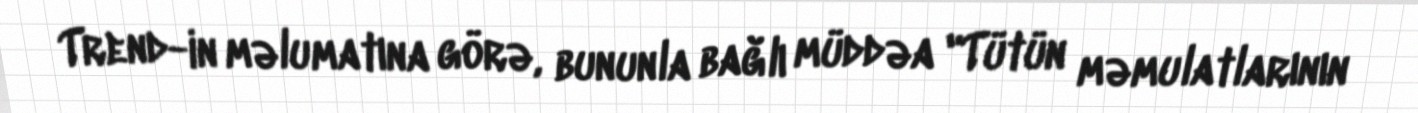
Trend-in məlumatına görə, bununla bağlı müddəa "Tütün məmulatlarının